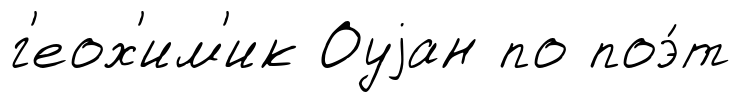
г'еох'им'ик Оуjан по поэ́т